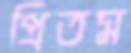
প্রিতম